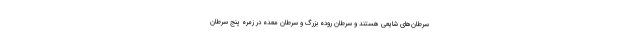
سرطان‌های شایعی هستند و سرطان روده بزرگ و سرطان معده در زمره پنج سرطان